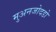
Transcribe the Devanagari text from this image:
मुअनजोदडो